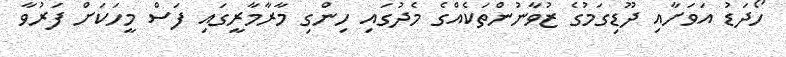
ހޯދަޑު އަވަށާއި ދޫޑިގަމުގެ ޒުވާނުންތަކެއްގެ މެދުގައި ހިންގި މާރާމާރީގައި ފަސް މީހަކަށް ފަރުވާ